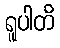
ရူပါတိ